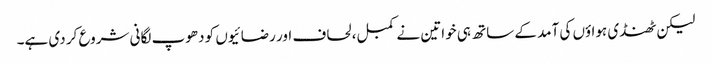
لیکن ٹھنڈی ہواؤں کی آمد کے ساتھ ہی خواتین نے کمبل، لحاف اور رضائیوں کو دھوپ لگانی شروع کر دی ہے۔